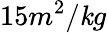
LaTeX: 15m^{2}/\mathit{k}g